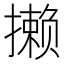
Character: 𪮶